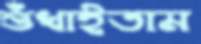
শুঁখাইতাম